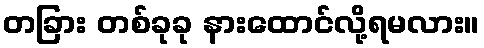
တခြား တစ်ခုခု နားထောင်လို့ရမလား။